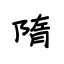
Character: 隋